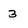
Character: 3